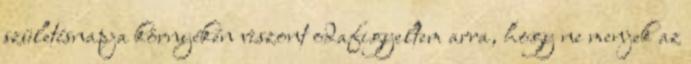
születésnapja környékén viszont odafigyeltem arra, hogy ne menjek az